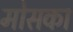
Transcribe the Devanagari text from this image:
मोसका